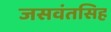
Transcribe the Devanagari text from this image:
जसवंतसिह